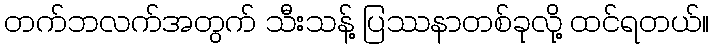
တက်ဘလက်အတွက် သီးသန့် ပြဿနာတစ်ခုလို့ ထင်ရတယ်။